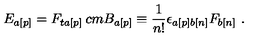
E _ { a [ p ] } = F _ { t a [ p ] } \hspace * { 2 c m } B _ { a [ p ] } \equiv \frac { 1 } { n ! } { \epsilon } _ { a [ p ] b [ n ] } F _ { b [ n ] } \ .